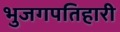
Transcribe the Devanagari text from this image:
भुजगपतिहारी